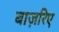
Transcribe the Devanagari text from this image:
बाज़रिए